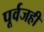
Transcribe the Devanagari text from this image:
पूर्वजही